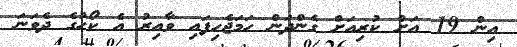
އިން 19 އަށް ކުރިއަށް ގެންދަން ހަމަޖެހިފައި ވާއިރު އެ ކޯހުގެ ދެވަނަ